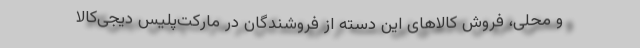
و محلی، فروش کالاهای این دسته از فروشندگان در مارکت‌پِلِیس دیجی‌کالا